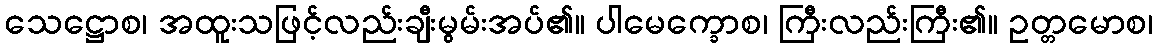
သေဋ္ဌောစ၊ အထူးသဖြင့်လည်းချီးမွမ်းအပ်၏။ ပါမေက္ခောစ၊ ကြီးလည်းကြီး၏။ ဥတ္တမောစ၊